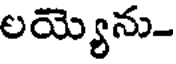
లయ్యెను-